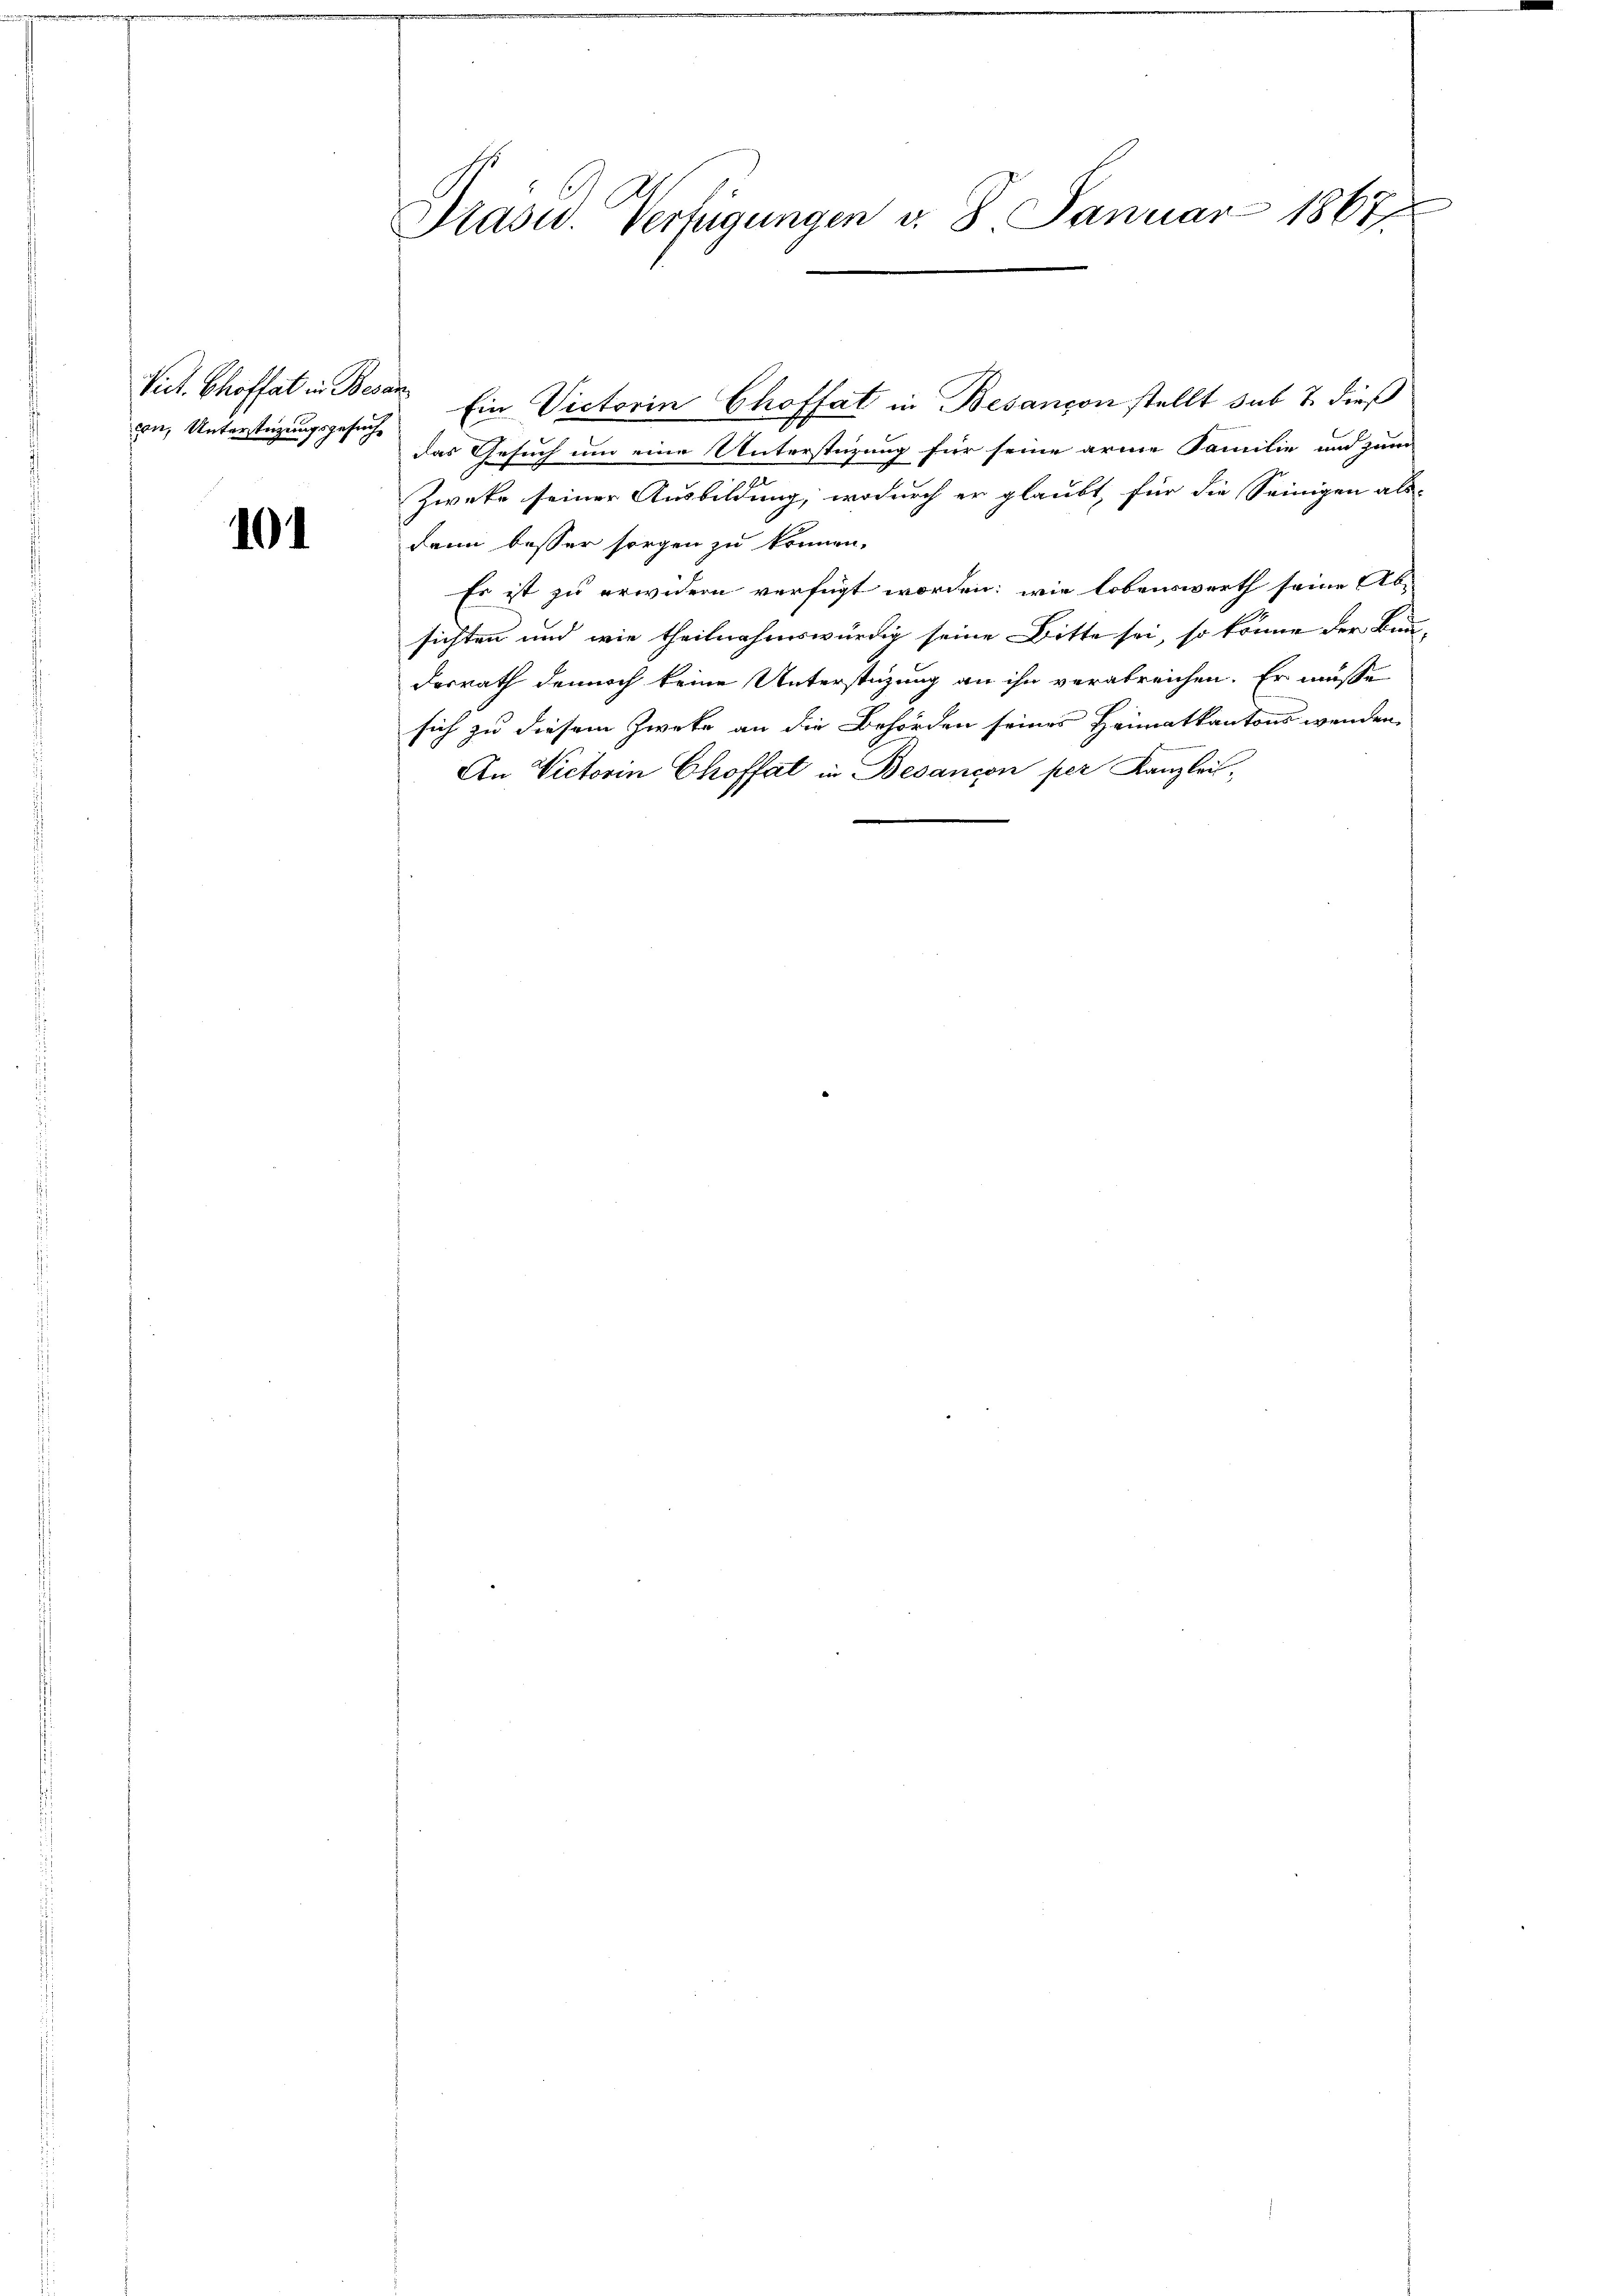
Vict. Chroffat in Besan
cn, Unterstüzungsgesuch

10

Prasw. Verfügungen v. 8. Januar 1867

Ein Victorin Choffat in Besançon stellt sub 7. dieß
das Gesuch um eine Unterstüzung für seine arme Familie und zum
Zweke seiner Ausbildung, wodurch er glaubt, für die Seinigen als-
dann besser sorgen zu können.
Es ist zu erwidern verfügt worden; wie lobenswerth seine Ab-
sichten und wie theilnahmswürdig seine Bitte sei, so könne der Bun-
desrath dennoch keine Unterstüzung an ihn verabreichen. Er müsse
sich zu diesem Zweke an die Behörden seines Heimatkantons wenden
An Victorin Choffat in Besancon per Kanzlei,